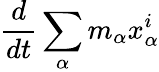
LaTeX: {\frac{d}{dt}}\sum_{\alpha}m_{\alpha}x_{\alpha}^{i}